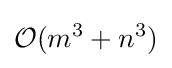
{\mathcal {O}}(m^{3}+n^{3})